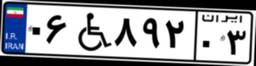
۰۶W۸۹۲۰۳